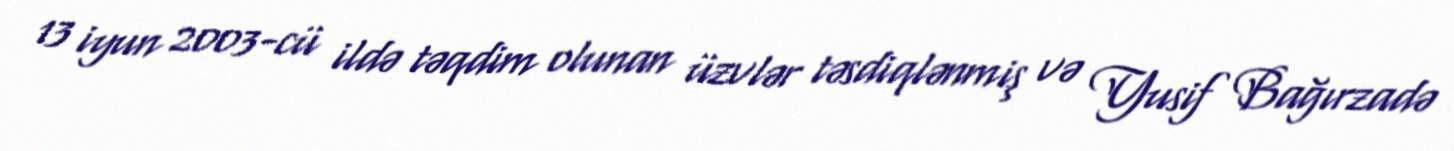
13 iyun 2003-cü ildə təqdim olunan üzvlər təsdiqlənmiş və Yusif Bağırzadə